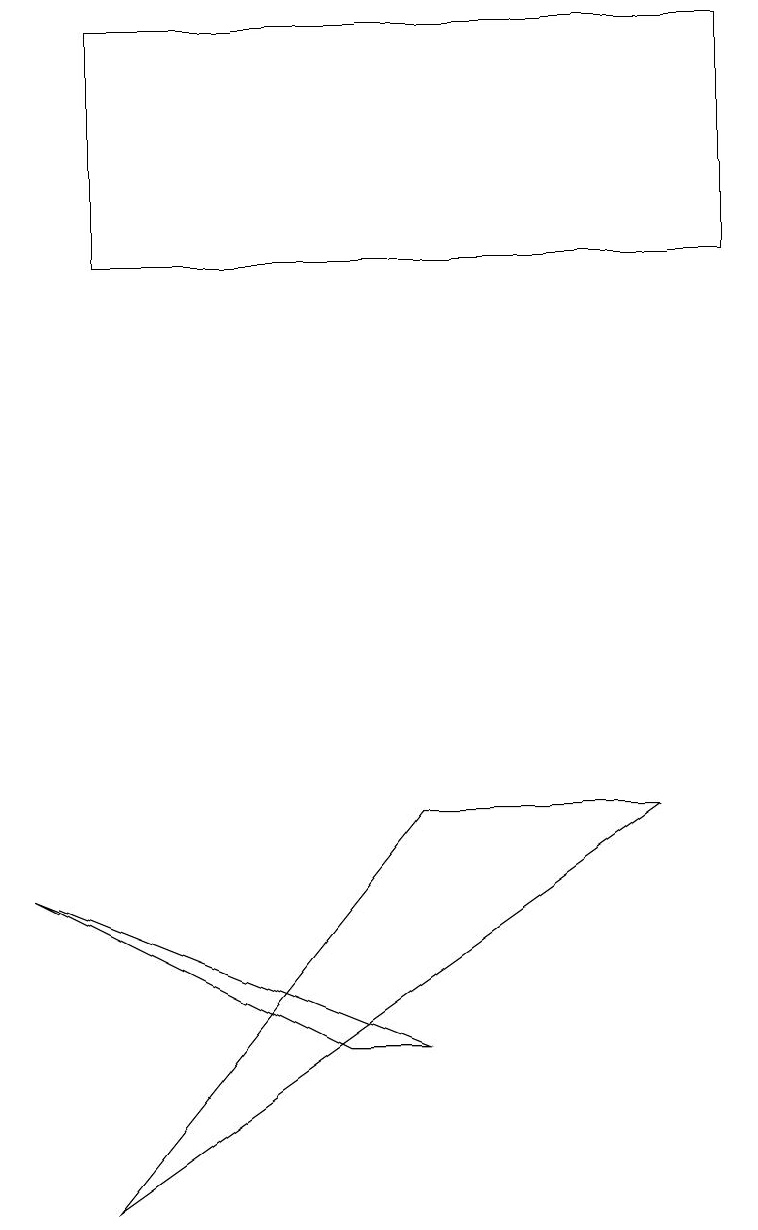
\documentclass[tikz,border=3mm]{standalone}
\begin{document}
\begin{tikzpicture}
\draw (4,3) -- (5,3) -- (0,5) -- cycle;
\draw (1,1) -- (5,6) -- (8,6) -- cycle;
\draw (1,13) rectangle (9,16);
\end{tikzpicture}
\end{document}